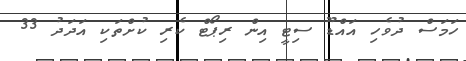
ހަމަސް ދުވެހި އައްޑޫ ސިޓީ އިން ރިޕޯޓް ކެރި ކުށްތަކި އަދަދު 33